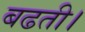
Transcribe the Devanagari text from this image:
बढती।